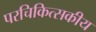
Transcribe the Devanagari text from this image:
परचिकित्सकीय